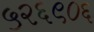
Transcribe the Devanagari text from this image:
५२६९०६